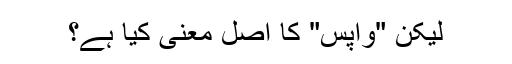
لیکن "واپس" کا اصل معنی کیا ہے؟